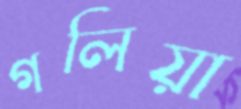
গলিয়া